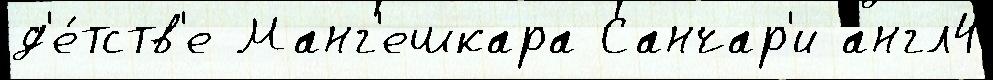
д'е́тств'е Манг'ешкара Санчар'и англ4